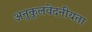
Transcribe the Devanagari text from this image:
अनुकूलवेदनीयता